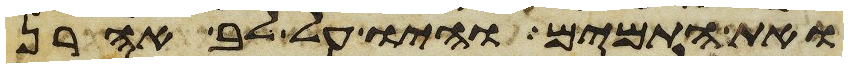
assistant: ואת התמים והיו על לב אהרן